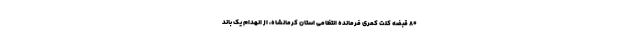
۸۰ قبضه کلت کمری فرمانده انتظامی استان کرمانشاه، از انهدام یک باند